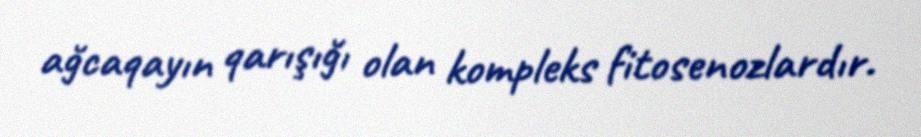
ağcaqayın qarışığı olan kompleks fitosenozlardır.